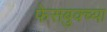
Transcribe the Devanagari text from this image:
फेसबुक्च्या